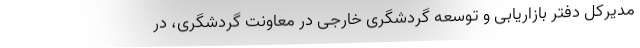
مدیرکل دفتر بازاریابی و توسعه گردشگری خارجی در معاونت گردشگری، در